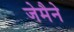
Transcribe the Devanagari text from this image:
जेमैने